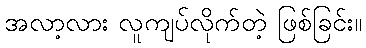
အလာ့လား လူကျပ်လိုက်တဲ့ ဖြစ်ခြင်း။